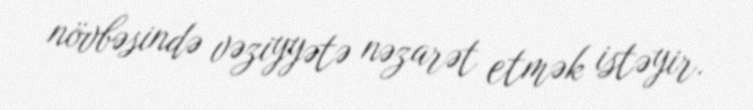
növbəsində vəziyyətə nəzarət etmək istəyir.